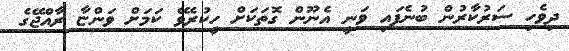
ދިވެހި ސަރުކާރުން ބުނެފައި ވަނީ އެނޫން ގޮތަކަށް ހީކުރެވޭ ކަމަށް ވަންޏާ ރާއްޖޭގެ